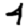
Digit: 4